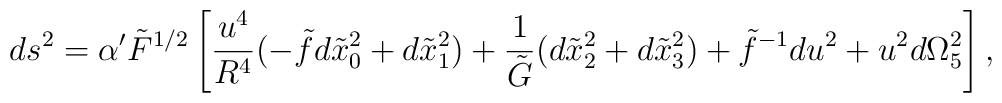
ds^2=\alpha' \tilde{F}^{1/2}\left [ \frac{u^4}{R^4} (-\tilde{f} d\tilde{x}_0^2 +d\tilde{x}^2_1) + \frac{1}{\tilde{G}} (d\tilde{x}_2^2+d\tilde{x}_3^2 ) +\tilde{f}^{-1}du^2 +u^2d\Omega_5^2\right],